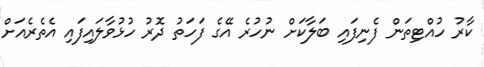
ކާރު ހުއްޓިތަން ފެނިފައި ބަލާކަށް ނުހުރެ އޭގެ ފަހަތު ދޮރު ހުޅުވާލައިފައި އެތެރެއަށް